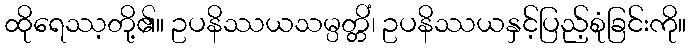
ထိုရေဿ့တို့၏။ ဥပနိဿယသမ္ပတ္တိံ၊ ဥပနိဿယနှင့်ပြည့်စုံခြင်းကို။